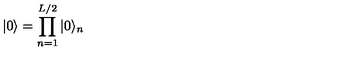
| 0 \rangle = \prod _ { n = 1 } ^ { L / 2 } | 0 \rangle _ { n }